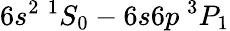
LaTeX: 6s^{2}~^{1}S_{0}-6s6p~^{3}P_{1}